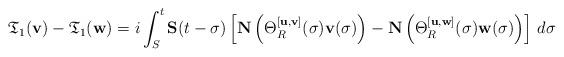
LaTeX: \begin{align*} \mathfrak T_1(\mathbf v) - \mathfrak T_1(\mathbf w) = i \int_S^t \mathbf S(t-\sigma) \left[ \mathbf N\left( \Theta_R^{[\mathbf u,\mathbf v]}(\sigma)\mathbf v(\sigma) \right) - \mathbf N\left( \Theta_R^{[\mathbf u,\mathbf w]}(\sigma)\mathbf w(\sigma) \right) \right] \, d\sigma\end{align*}